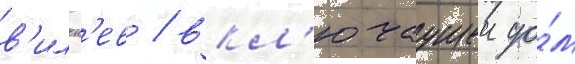
в'ильн'ев / вкл'ючаущеи до́м